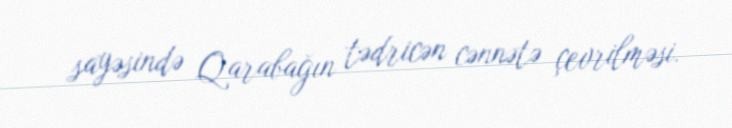
sayəsində Qarabağın tədricən cənnətə çevrilməsi.